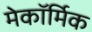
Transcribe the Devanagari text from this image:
मेकॉर्मिक